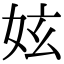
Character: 妶